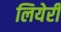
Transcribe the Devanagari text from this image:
लियेरी